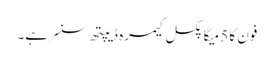
فون کا 5 میگا پکسل کیمرہ ڈیپتھ سنسر ہے۔